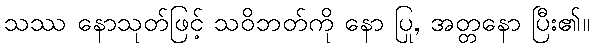
သဿ နောသုတ်ဖြင့် သဝိဘတ်ကို နော ပြု, အတ္တနော ပြီး၏။